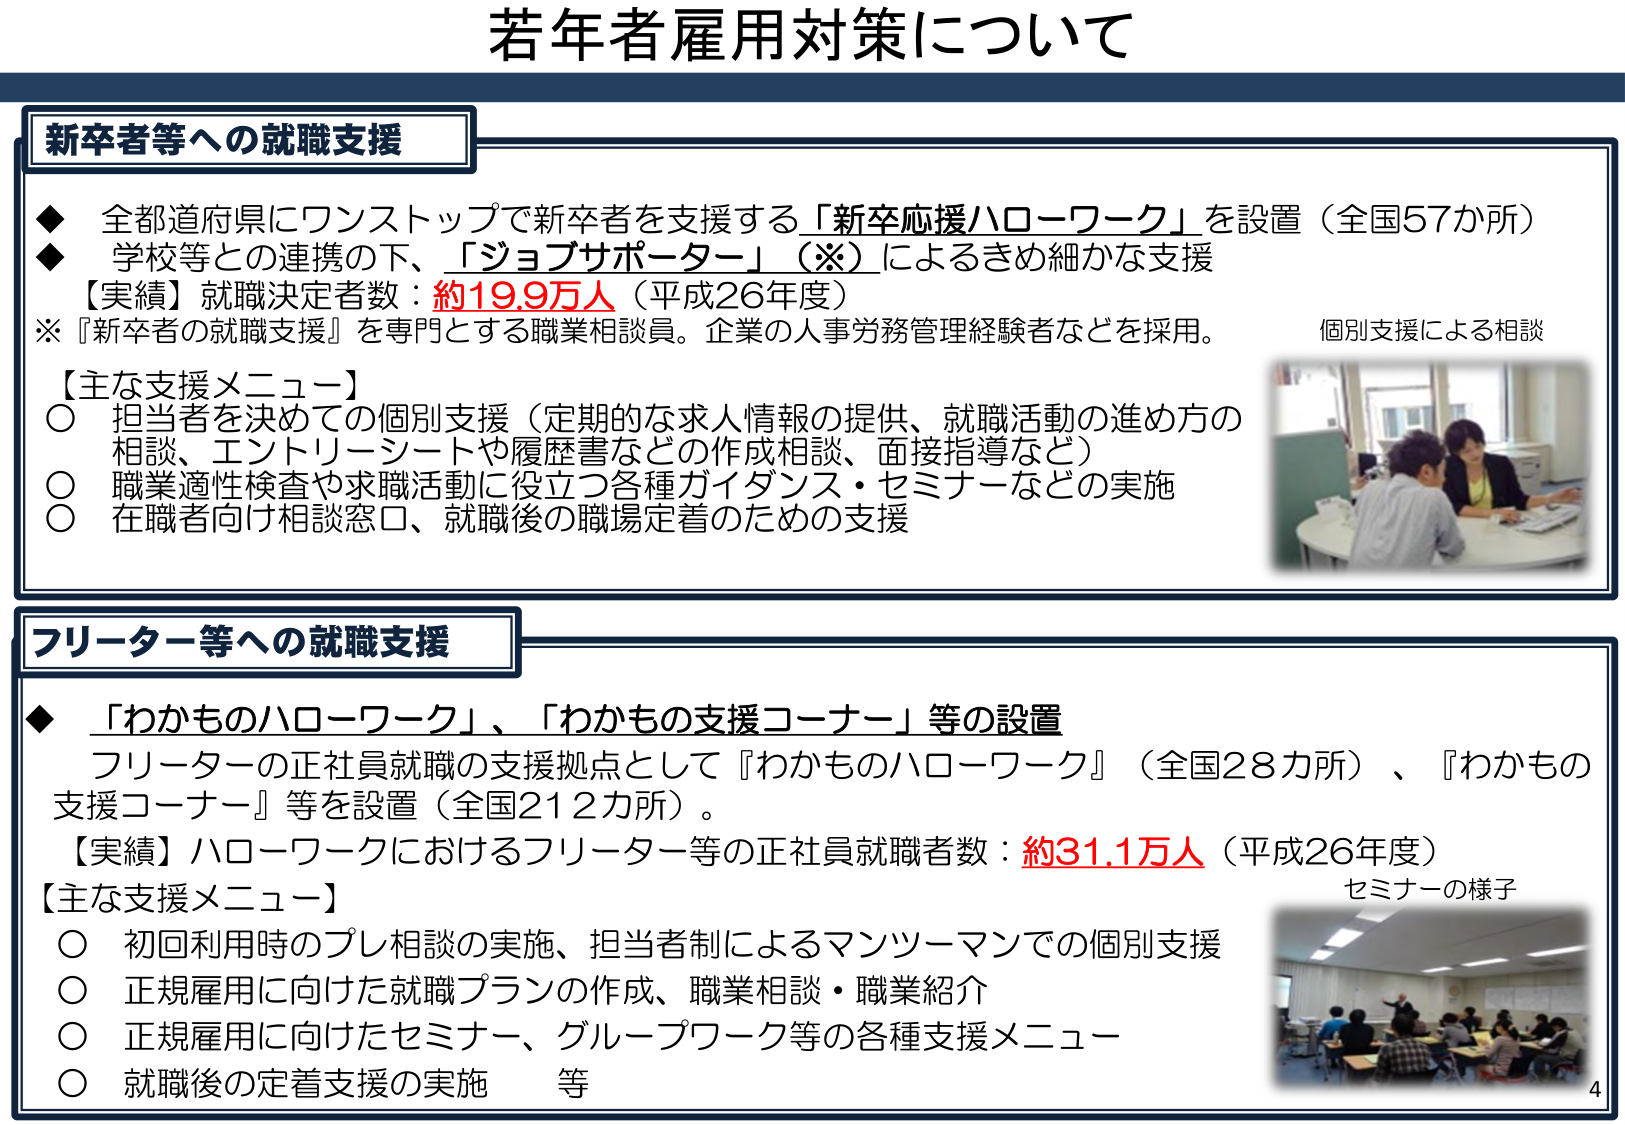
若年者雇用対策について

新卒者等への就職支援

◆ 全都道府県にワンストップで新卒者を支援する「新卒応援ハローワーク」を設置（全国57か所）
◆ 学校等との連携の下、「ジョブサポーター」（※）によるきめ細かな支援
【実績】就職決定者数：約19.9万人（平成26年度）
※『新卒者の就職支援』を専門とする職業相談員。企業の人事労務管理経験者などを採用。

【主な支援メニュー】
○ 担当者を決めての個別支援（定期的な求人情報の提供、就職活動の進め方の相談、エントリーシートや履歴書などの作成相談、面接指導など）
○ 職業適性検査や求職活動に役立つ各種ガイダンス・セミナーなどの実施
○ 在職者向け相談窓口、就職後の職場定着のための支援

個別支援による相談

フリーター等への就職支援

◆ 「わかものハローワーク」、「わかもの支援コーナー」等の設置
フリーターの正社員就職の支援拠点として『わかものハローワーク』（全国28カ所）、『わかもの支援コーナー』等を設置（全国212カ所）。
【実績】ハローワークにおけるフリーター等の正社員就職者数：約31.1万人（平成26年度）
【主な支援メニュー】
○ 初回利用時のプレ相談の実施、担当者制によるマンツーマンでの個別支援
○ 正規雇用に向けた就職プランの作成、職業相談・職業紹介
○ 正規雇用に向けたセミナー、グループワーク等の各種支援メニュー
○ 就職後の定着支援の実施　等

セミナーの様子

4